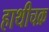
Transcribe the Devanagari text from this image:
हाथीचक्र